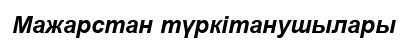
Мажарстан түркітанушылары